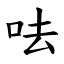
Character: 呿